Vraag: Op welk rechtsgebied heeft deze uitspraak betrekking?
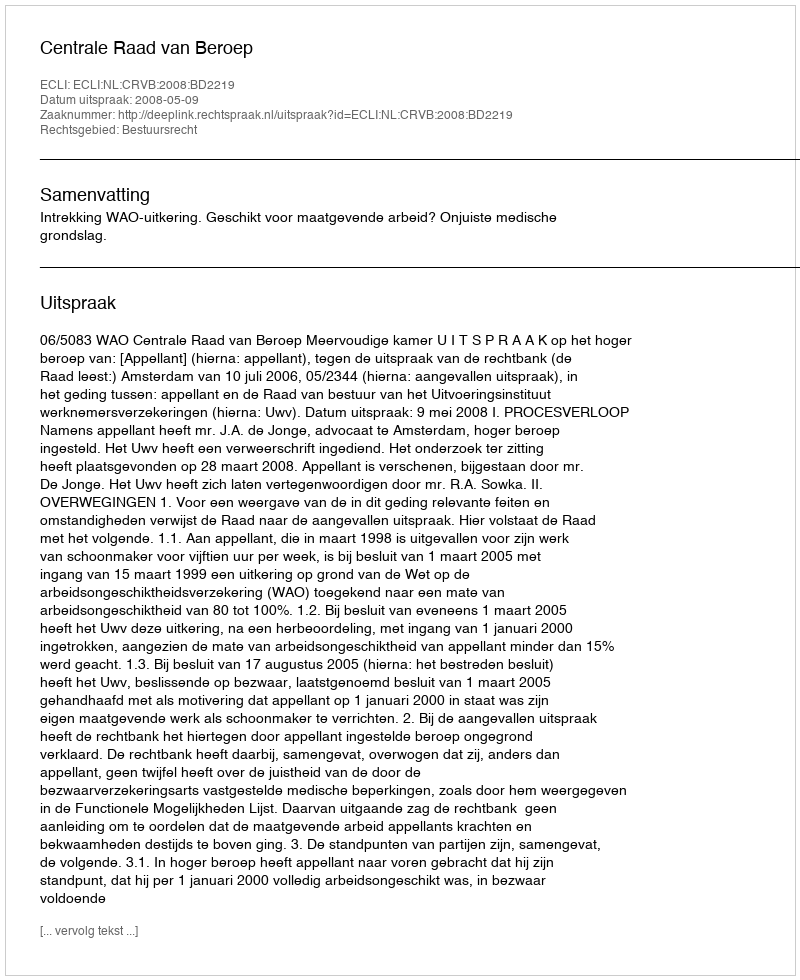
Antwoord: Bestuursrecht